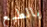
بالطبع